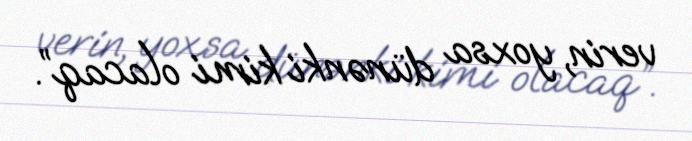
verin, yoxsa dünənki kimi olacaq”.